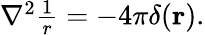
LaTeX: \begin{array}{r}{\nabla^{2}\frac{1}{r}=-4\pi\delta({\mathbf r}).}\end{array}